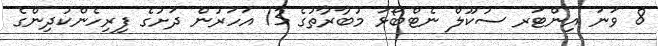
8 ވަނަ އިންޓަރ ސުކޫލް ނެޓްބޯޅަ މުބާރާތުގެ 13 އަހަރުން ދަށުގެ ފިރިހެންކުދިންގެ